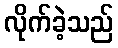
လိုက်ခဲ့သည်